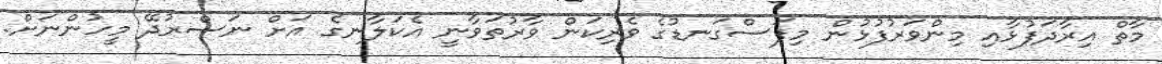
މާތް އިރާދަފުޅާއި މިންވަރުފުޅުން މިފަސްގަނޑުގެ ވެރިކަން ވާރުތަވާނީ އެކަލާނގެ އަށް ނަސްރުދޭ މީހުންނަށް.